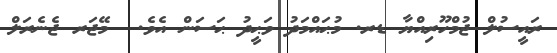
ރައީސުލް ޖުމްހޫރިއްޔާ ޑރ. މުޙައްމަދު ވަޙީދު ޙަސަން އެވެ.  މޭޖަރ ޖެނެރަލް